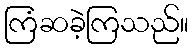
ကြံဆခဲ့ကြသည်။